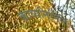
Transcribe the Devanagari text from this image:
काव्यनिर्मिति